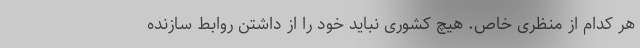
هر کدام از منظری خاص. هیچ کشوری نباید خود را از داشتن روابط سازنده